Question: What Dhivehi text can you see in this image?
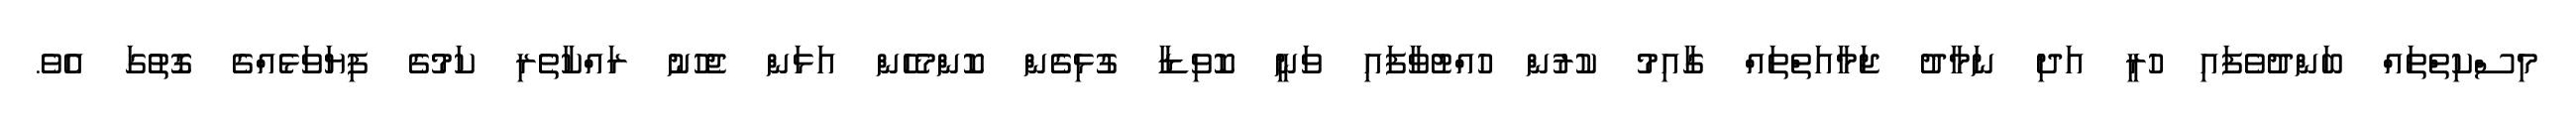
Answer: މިސްކިތްތައް ބަންދުވެފައި ހުރީ އަދި ނަމާދު ޖަމާއަތްތައް ގާއިމު ކުރުން ހުއްޓުވާފައި ވަނީ ކޮވިޑާ ގުޅިގެން ކޮންމެހެން އަޅަން ޖެހުނު ރައްކާތެރި ކަމުގެ ފިޔަވަޅެއްގެ ގޮތުގަ އެވެ.